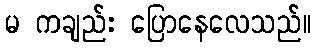
မ ကချည်း ပြောနေလေသည်။